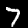
Label: 7